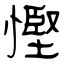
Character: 慳